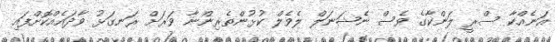
އަނެއްކާ ސްރީ ލަންކާގެ ވެސް ނެޝަނަލް ލެވެލް ކުޅުންތެރިންނާ ވަރަށް ރަނގަޅު ވާދައެއްކޮށްފައި